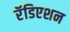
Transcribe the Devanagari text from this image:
रॅडिएशन